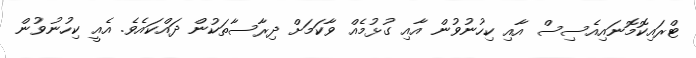
ޓްރައިކޮމޮނައިއެސިސް އާއި ކިހުނުވުން އާއި ގުޅުމެއް ވާކަމަށް ދިރާސާތަކުން ދައްކައެވެ. އެއީ ކިހުނުވުން